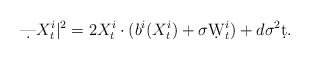
\begin{align*}\d |X_t^i|^2 = 2X_t^i\cdot (b^i(X_t^i)+\sigma\d W_t^i) + d\sigma^2\d t.\end{align*}